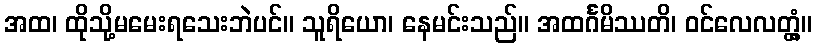
အထ၊ ထိုသို့မမေးရသေးဘဲပင်။ သူရိယော၊ နေမင်းသည်။ အထင်္ဂမိဿတိ၊ ဝင်လေလတ္တံ့။